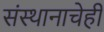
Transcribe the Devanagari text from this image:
संस्थानाचेही